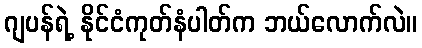
ဂျပန်ရဲ့ နိုင်ငံကုတ်နံပါတ်က ဘယ်လောက်လဲ။